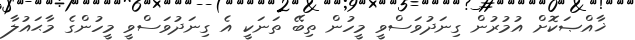
ޚާއްޞަކޮށް އުމުރުން ގިނަދުވަސްވީ މީހުން ތިބޭ ތަނަކީ އެ ގިނަދުވަސްވީ މީހުންގެ މާޙައުލާ